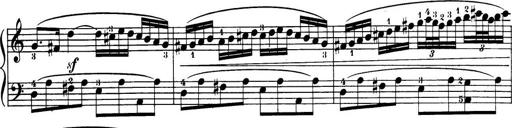
Title: 32 Sonatinas and Rondos for the Piano
Composer: Richard Kleinmichel